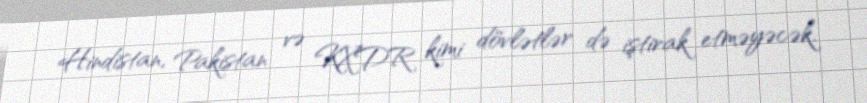
Hindistan, Pakistan və KXDR kimi dövlətlər də iştirak etməyəcək.